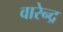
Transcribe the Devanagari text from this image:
वारेन्द्र